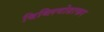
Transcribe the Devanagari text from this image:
बिब्लियोग्राफर